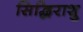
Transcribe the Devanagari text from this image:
सिद्धिराशु